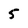
Character: 5